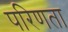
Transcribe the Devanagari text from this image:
परिणता